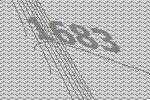
1683